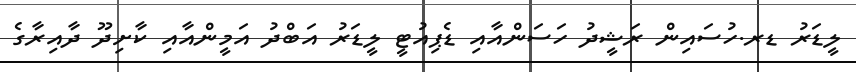
ލީޑަރު ޑރ.ހުސައިން ރަޝީދު ހަސަންއާއި ޑެޕިއުޓީ ލީޑަރު އަބްދު އަމީންއާއި ކާށިދޫ ދާއިރާގެ